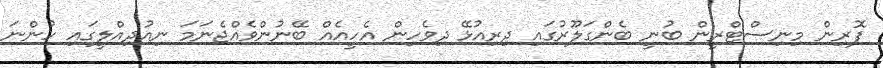
ފޮރިން މިނިސްޓްރީން ބުނީ ބެންގަލޫރުގައި ދިރިއުޅޭ ދިވެހިން އެހީއެއް ބޭނުންވެއްޖެނަމަ ނިއުދިއްލީގައި ހުންނަ